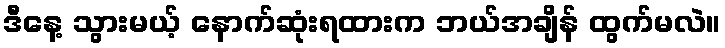
ဒီနေ့ သွားမယ့် နောက်ဆုံးရထားက ဘယ်အချိန် ထွက်မလဲ။